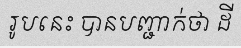
រូបនេះ បានបញ្ជាក់ថា ដី